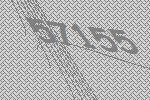
57155